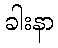
ခါးနာ